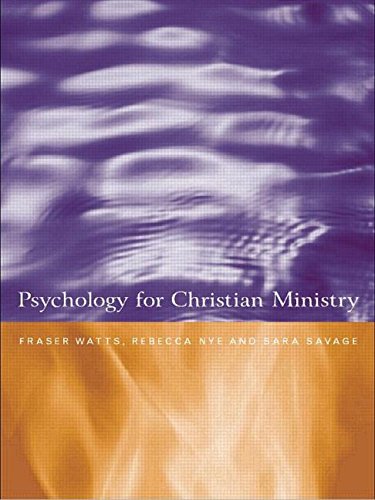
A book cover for Psychology for Christian Ministry; Rebecca Nye; Religion & Spirituality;